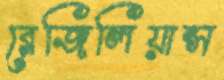
রেজিলিয়ান্স